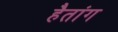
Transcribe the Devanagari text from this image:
हैतांग